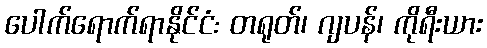
ပေါက်ရောက်ရာနိုင်ငံ: တရုတ်၊ ဂျပန်၊ ကိုရီးယား